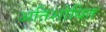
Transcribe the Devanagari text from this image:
अतिशोधित